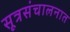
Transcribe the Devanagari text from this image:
सूत्रसंचालनात